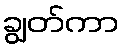
ချွတ်ကာ